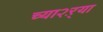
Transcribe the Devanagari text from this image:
च्या२ऱ्या